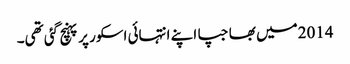
2014میں بھاجپا اپنے انتہائی اسکور پر پہنچ گئی تھی۔